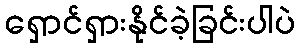
ရှောင်ရှားနိုင်ခဲ့ခြင်းပါပဲ